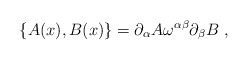
\begin{align*}\{ A(x),B(x) \} = \partial_\alpha A\omega^{\alpha\beta} \partial_\beta B \;,\end{align*}